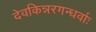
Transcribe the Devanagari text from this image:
देवकिन्नरगन्धर्वाः